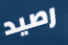
رصيد